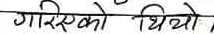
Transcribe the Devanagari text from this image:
गरिएको थियो ।